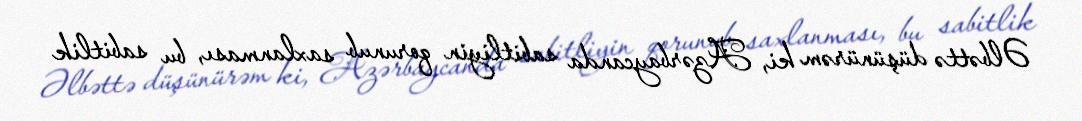
Əlbəttə düşünürəm ki, Azərbaycanda sabitliyin qorunub saxlanması, bu sabitlik